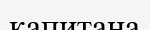
капитана